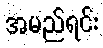
အမည်ရင်း